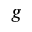
g